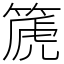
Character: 篪